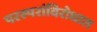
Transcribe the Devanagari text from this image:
परस्परांविरोधात